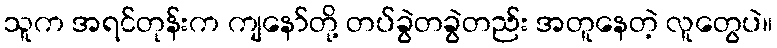
သူက အရင်တုန်းက ကျနော်တို့ တပ်ခွဲတခွဲတည်း အတူနေတဲ့ လူတွေပဲ။